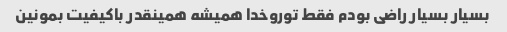
بسیار بسیار راضی بودم فقط توروخدا همیشه همینقدر باکیفیت بمونین